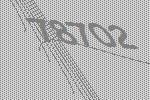
78702